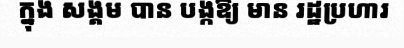
ក្នុង សង្គម បាន បង្កឱ្យ មាន រដ្ឋប្រហារ